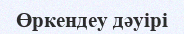
Өркендеу дәуірі